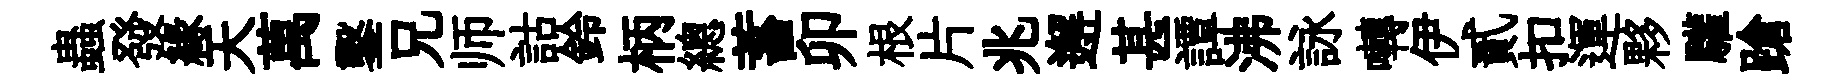
蟲發緣天萬鑿兄师詁鈴柄總蓄卯根片兆邂甚譚沸詠囀伊貳扣運夥驩蹌